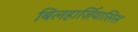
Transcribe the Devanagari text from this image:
बिलहार्ज़ियासिस